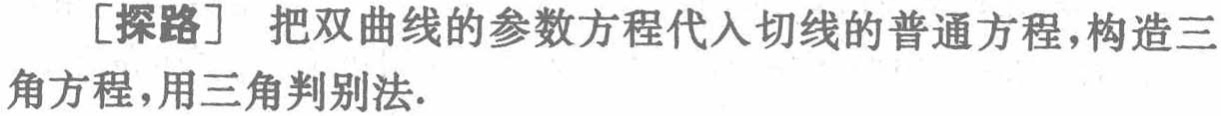
[探路] 把双曲线的参数方程代入切线的普通方程，构造三角方程，用三角判别法.